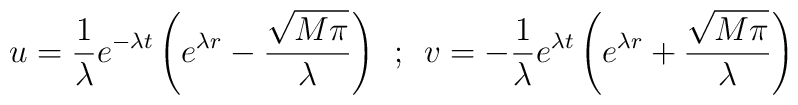
u = \frac{1}{\lambda} e^{-\lambda t} \left(e^{\lambda r} -\frac{\sqrt{M\pi}}{\lambda} \right) \: \: ; \: \:  v = - \frac{1}{\lambda} e^{\lambda t} \left(e^{\lambda r} +\frac{\sqrt{M\pi}}{\lambda} \right)